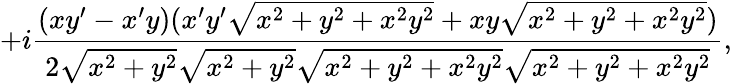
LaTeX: +i{\frac{(xy^{\prime}-x^{\prime}y)(x^{\prime}y^{\prime}{\sqrt{x^{2}+y^{2}+x^{2}y^{2}}}+xy{\sqrt{x^{2}+y^{2}+x^{2}y^{2}}})}{2{\sqrt{x^{2}+y^{2}}}{\sqrt{x^{2}+y^{2}}}{\sqrt{x^{2}+y^{2}+x^{2}y^{2}}}{\sqrt{x^{2}+y^{2}+x^{2}y^{2}}}}},